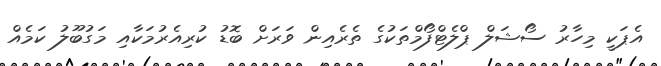
އެޕަކީ މިހާރު ސޯޝަލް ޕްލެޓްފޯމްތަކުގެ ތެރެއިން ވަރަށް ބޮޑު ކުރިއެރުމަކާއި މަގުބޫލު ކަމެއް